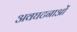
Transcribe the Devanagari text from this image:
अवघटनाओं